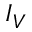
\boldsymbol { I } _ { V }